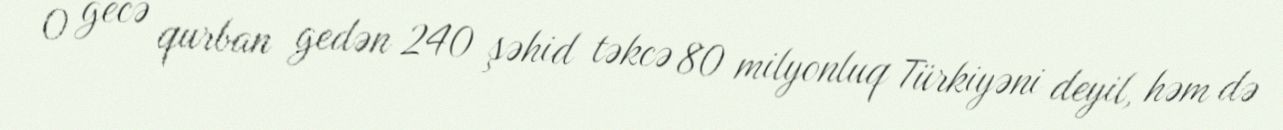
O gecə qurban gedən 240 şəhid təkcə 80 milyonluq Türkiyəni deyil, həm də